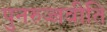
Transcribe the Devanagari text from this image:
पुनरुज्जवीति